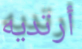
أرتديه